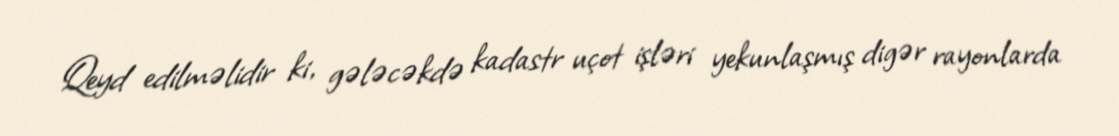
Qeyd edilməlidir ki, gələcəkdə kadastr uçot işləri yekunlaşmış digər rayonlarda